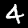
Label: 4